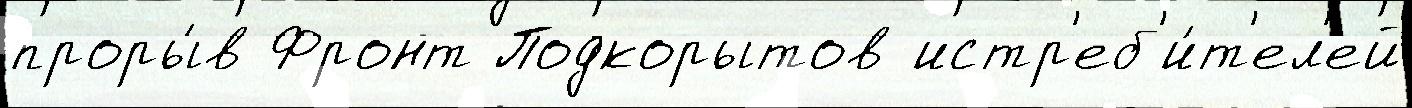
проры́в Фронт Подкорытов истр'еб'и́т'ел'ей